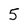
Character: 5